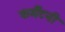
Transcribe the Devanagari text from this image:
फर्मॅटनी